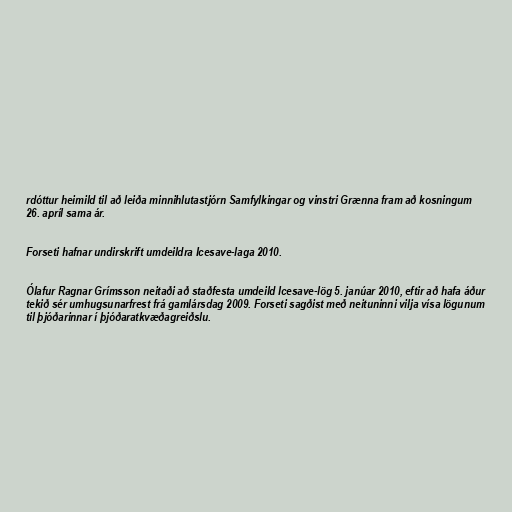
rdóttur heimild til að leiða minnihlutastjórn Samfylkingar og vinstri Grænna fram að kosningum
26. apríl sama ár.

Forseti hafnar undirskrift umdeildra Icesave-laga 2010.

Ólafur Ragnar Grímsson neitaði að staðfesta umdeild Icesave-lög 5. janúar 2010, eftir að hafa áður
tekið sér umhugsunarfrest frá gamlársdag 2009. Forseti sagðist með neituninni vilja vísa lögunum
til þjóðarinnar í þjóðaratkvæðagreiðslu.